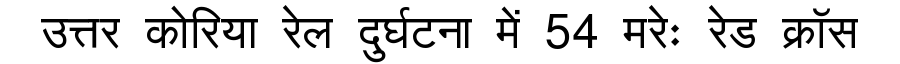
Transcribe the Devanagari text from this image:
उत्तर कोरिया रेल दुर्घटना में 54 मरेः रेड क्रॉस